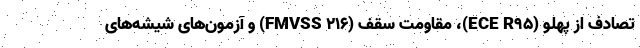
تصادف از پهلو (ECE R95)، مقاومت سقف (FMVSS 216) و آزمون‌های شیشه‌های